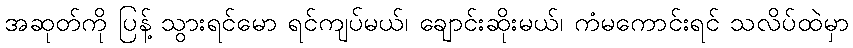
အဆုတ်ကို ပြန့် သွားရင်မော ရင်ကျပ်မယ်၊ ချောင်းဆိုးမယ်၊ ကံမကောင်းရင် သလိပ်ထဲမှာ